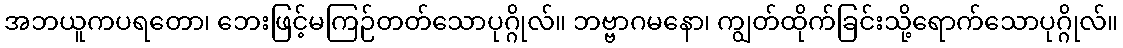
အဘယူကပရတော၊ ဘေးဖြင့်မကြဉ်တတ်သောပုဂ္ဂိုလ်။ ဘဗ္ဗာဂမနော၊ ကျွတ်ထိုက်ခြင်းသို့ရောက်သောပုဂ္ဂိုလ်။